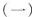
（一）